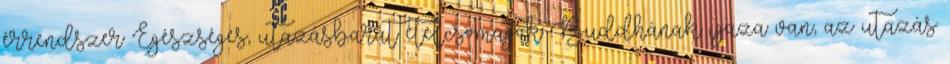
érrendszer Egészséges, utazásbarát ételcsomagok Buddhának igaza van, az utazás